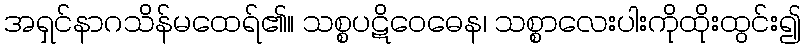
အရှင်နာဂသိန်မထေရ်၏။ သစ္စပဋိဝေဓေန၊ သစ္စာလေးပါးကိုထိုးထွင်း၍